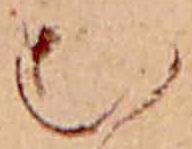
む